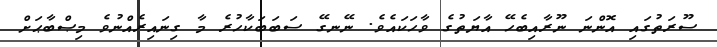
ސޫރަތުގައި އޮންނަ ނޫރާއިބެހޭ އާޔަތުގެ ވާހަކައެވެ. ނޭނގޭ ސަބަބަކާހުރެ މާ ގިނައިރެއްނުވެ މިޞްބާޙަށް